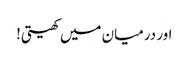
اور درمیان میں کھیتی!